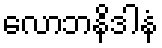
လောဘနိဒါနံ